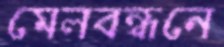
মেলবন্ধনে